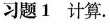
习题1 计算.